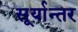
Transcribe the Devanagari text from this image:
सूर्यान्तर